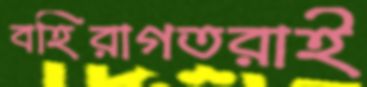
বহিরাগতরাই